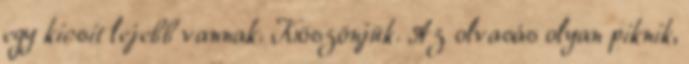
egy kicsit lejebb vannak. Köszönjük. Az olvasás olyan piknik,